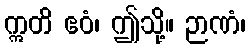
ဣတိ ဧဝံ၊ ဤသို့။ ဉာဏံ၊